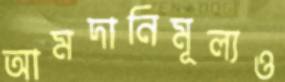
আমদানিমূল্যও